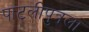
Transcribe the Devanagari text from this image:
पाटलीपुत्रला